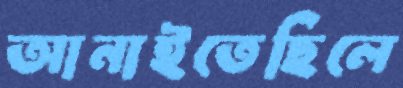
আনাইতেছিলে